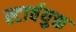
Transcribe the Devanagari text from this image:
स्टार्चयुक्त